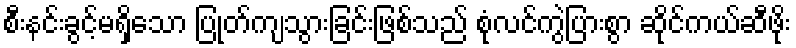
စီးနင်းခွင့်မရှိသော ပြုတ်ကျသွားခြင်းဖြစ်သည် စုံလင်ကွဲပြားစွာ ဆိုင်ကယ်ဆီဖိုး